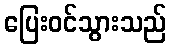
ပြေးဝင်သွားသည်